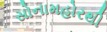
સોનામહોરથી